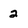
Character: 2